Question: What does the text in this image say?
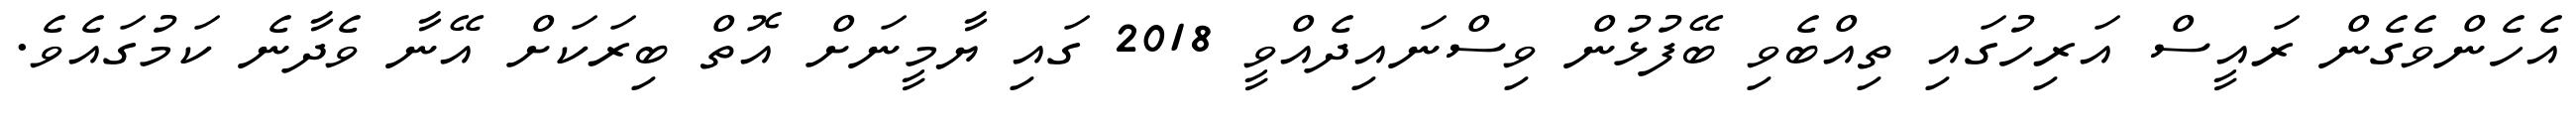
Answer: އެހެންވެގެން ރައީސް އަރިހުގައި ތިއްބެވި ބޭފުޅުން ވިސްނައިދެއްވީ 2018 ގައި ޔާމީނަށް އޮތް ބިރަކަށް އޭނާ ވެދާނެ ކަމުގައެވެ.